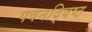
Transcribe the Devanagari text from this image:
पवनद्विष्ट